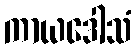
ကာယဒေါသံ